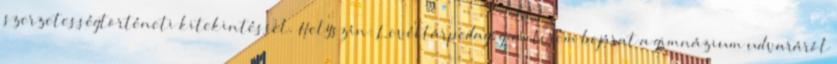
szerzetességtörténeti kitekintéssel. Helyszín: Levéltárpedagógiai terem bejárat a gimnázium udvaráról